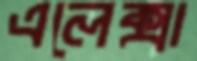
এলেক্সা